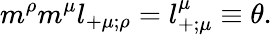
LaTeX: {m}^{\rho}{m}^{\mu}l_{+\mu;\rho}=l_{+;\mu}^{\mu}\equiv\theta.